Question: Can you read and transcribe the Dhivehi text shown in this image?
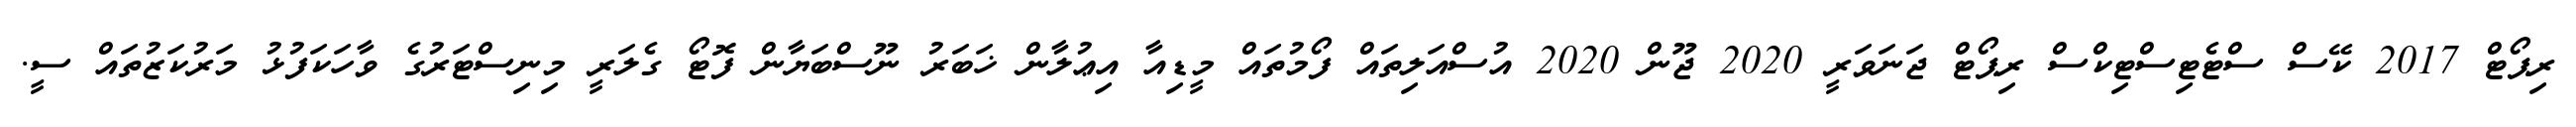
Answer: ރިޕޯޓް 2017 ކޭސް ސްޓެޓިސްޓިކްސް ރިޕޯޓް ޖަނަވަރީ 2020 ޖޫން 2020 އުސްއަލިތައް ފޯމުތައް މީޑިއާ އިޢުލާން ޚަބަރު ނޫސްބަޔާން ފޮޓޯ ގެލަރީ މިނިސްޓަރުގެ ވާހަކަފުޅު މަރުކަޒުތައް ސީ.